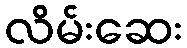
လိမ်းဆေး